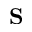
\mathrm { \bf S }